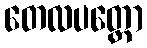
တေလပတ္တော